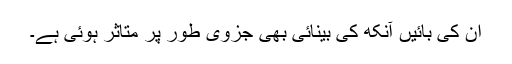
ان کی بائیں آنکھ کی بینائی بھی جزوی طور پر متاثر ہوئی ہے۔